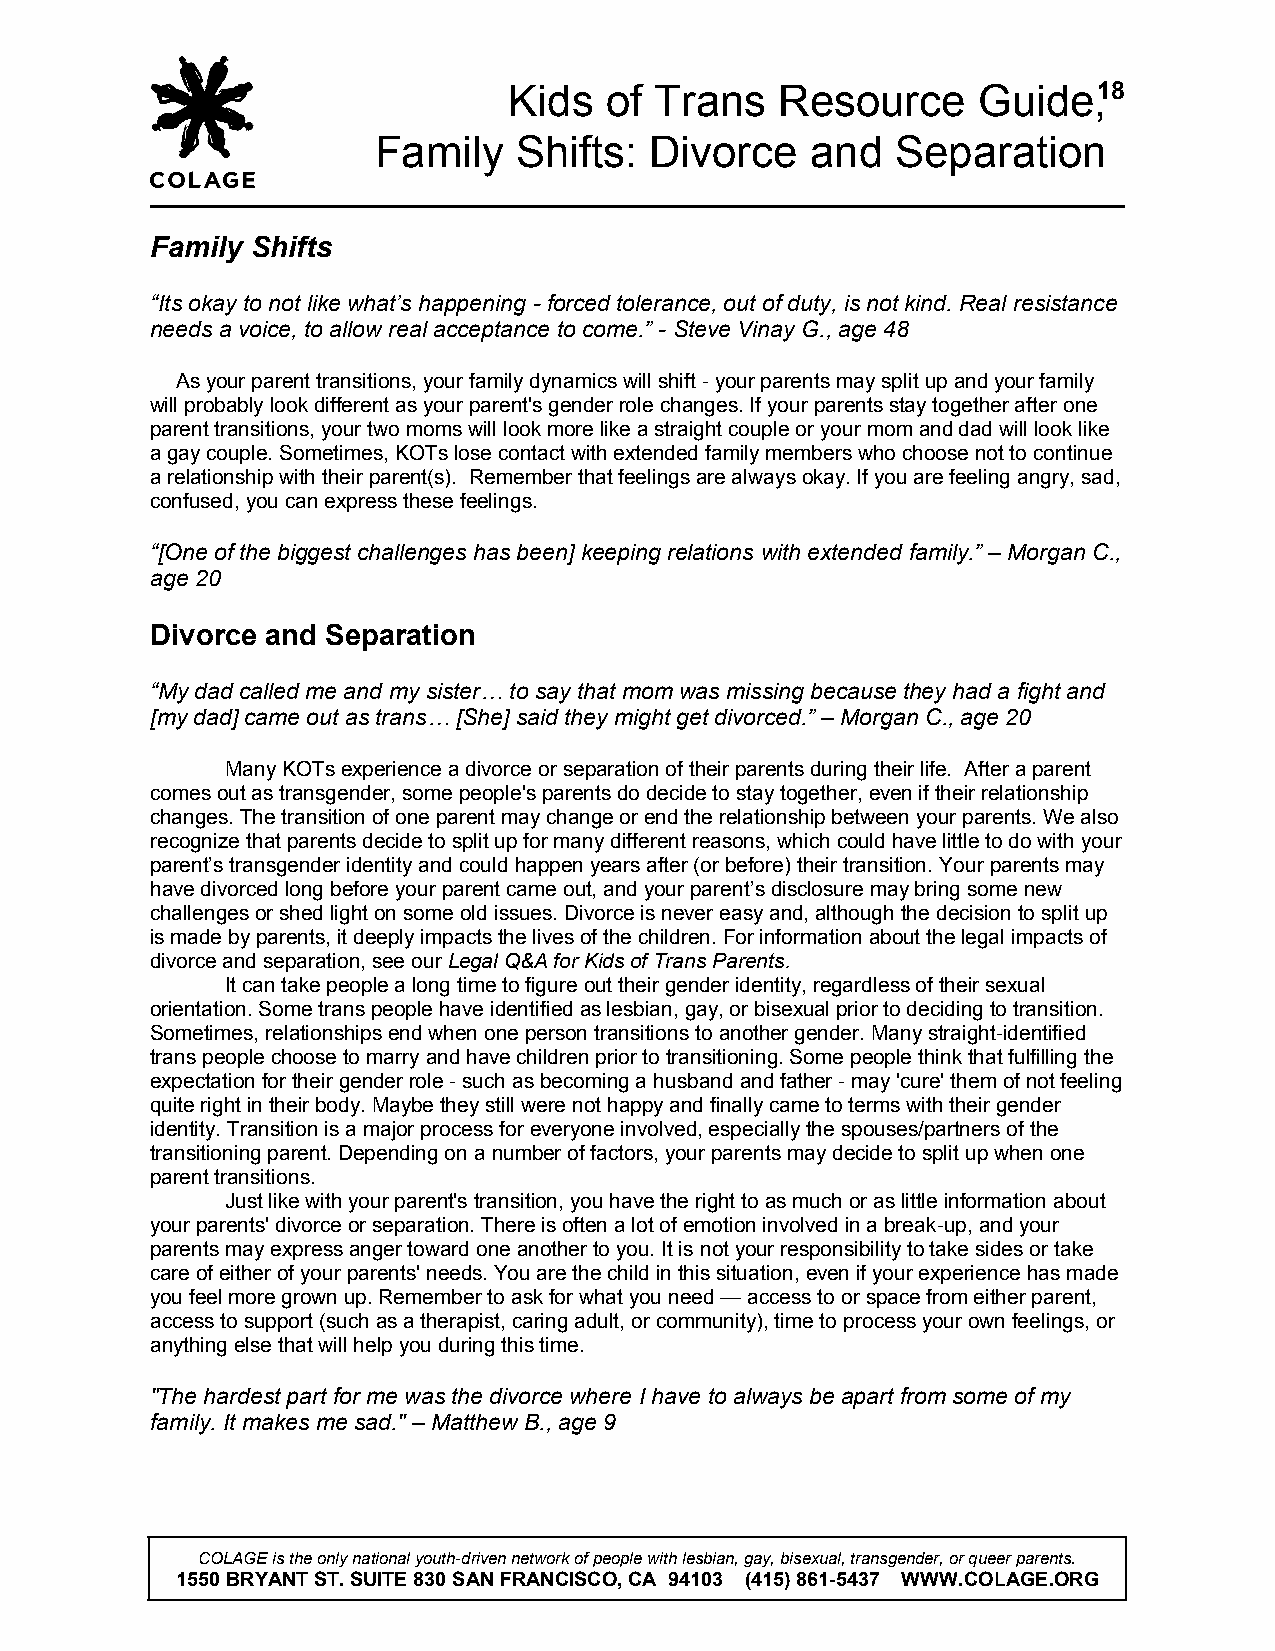
Kids  of Trans    Resource     Guide,18
 Family   Shifts:  Divorce    and  Separation
 Family Shifts
 “Its okay to not like what’s happening - forced tolerance, out of duty, is not kind. Real resistance
 needs a voice, to allow real acceptance to come.” - Steve Vinay G., age 48
 As your parent transitions, your family dynamics will shift - your parents may split up and your family
 will probably look different as your parent's gender role changes. If your parents stay together after one
 parent transitions, your two moms will look more like a straight couple or your mom and dad will look like
 a gay couple. Sometimes, KOTs lose contact with extended family members who choose not to continue
 a relationship with their parent(s). Remember that feelings are always okay. If you are feeling angry, sad,
 confused, you can express these feelings.
 “[One of the biggest challenges has been] keeping relations with extended family.” – Morgan C.,
 age 20
 Divorce and Separation
 “My dad called me and my sister… to say that mom was missing because they had a fight and
 [my dad] came out as trans… [She] said they might get divorced.” – Morgan C., age 20
 Many KOTs experience a divorce or separation of their parents during their life. After a parent
 comes out as transgender, some people's parents do decide to stay together, even if their relationship
 changes. The transition of one parent may change or end the relationship between your parents. We also
 recognize that parents decide to split up for many different reasons, which could have little to do with your
 parent’s transgender identity and could happen years after (or before) their transition. Your parents may
 have divorced long before your parent came out, and your parent’s disclosure may bring some new
 challenges or shed light on some old issues. Divorce is never easy and, although the decision to split up
 is made by parents, it deeply impacts the lives of the children. For information about the legal impacts of
 divorce and separation, see our Legal Q&A for Kids of Trans Parents.
 It can take people a long time to figure out their gender identity, regardless of their sexual
 orientation. Some trans people have identified as lesbian, gay, or bisexual prior to deciding to transition.
 Sometimes, relationships end when one person transitions to another gender. Many straight-identified
 trans people choose to marry and have children prior to transitioning. Some people think that fulfilling the
 expectation for their gender role - such as becoming a husband and father - may 'cure' them of not feeling
 quite right in their body. Maybe they still were not happy and finally came to terms with their gender
 identity. Transition is a major process for everyone involved, especially the spouses/partners of the
 transitioning parent. Depending on a number of factors, your parents may decide to split up when one
 parent transitions.
 Just like with your parent's transition, you have the right to as much or as little information about
 your parents' divorce or separation. There is often a lot of emotion involved in a break-up, and your
 parents may express anger toward one another to you. It is not your responsibility to take sides or take
 care of either of your parents' needs. You are the child in this situation, even if your experience has made
 you feel more grown up. Remember to ask for what you need — access to or space from either parent,
 access to support (such as a therapist, caring adult, or community), time to process your own feelings, or
 anything else that will help you during this time.
 "The hardest part for me was the divorce where I have to always be apart from some of my
 family. It makes me sad." – Matthew B., age 9
 COLAGE is the only national youth-driven network of people with lesbian, gay, bisexual, transgender, or queer parents.
 1550 BRYANT ST. SUITE 830 SAN FRANCISCO, CA 94103 (415) 861-5437 WWW.COLAGE.ORG